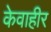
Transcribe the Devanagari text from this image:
केवाहीर